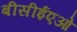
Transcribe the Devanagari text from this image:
बीसीईएओ